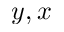
y , x